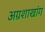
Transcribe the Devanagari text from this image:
अग्रशाखांग